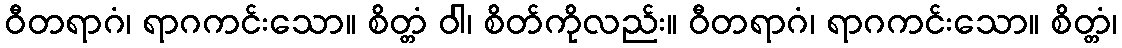
ဝီတရာဂံ၊ ရာဂကင်းသော။ စိတ္တံ ဝါ၊ စိတ်ကိုလည်း။ ဝီတရာဂံ၊ ရာဂကင်းသော။ စိတ္တံ၊